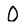
Character: O